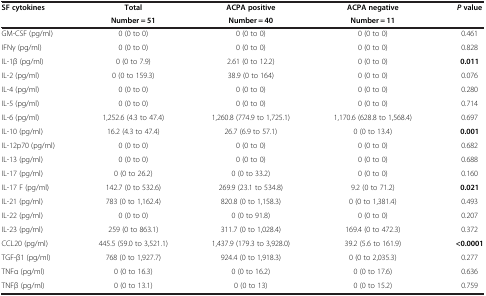
<table><thead><tr><td rowspan="2"><b>SF cytokines</b></td><td><b>Total</b></td><td><b>ACPA positive</b></td><td><b>ACPA negative</b></td><td rowspan="2"><b><i>P </i>value</b></td></tr><tr><td><b>Number = 51</b></td><td><b>Number = 40</b></td><td><b>Number = 11</b></td></tr></thead><tbody><tr><td>GM-CSF (pg/ml)</td><td>0 (0 to 0)</td><td>0 (0 to 0)</td><td>0 (0 to 0)</td><td>0.461</td></tr><tr><td>IFNγ (pg/ml)</td><td>0 (0 to 0)</td><td>0 (0 to 0)</td><td>0 (0 to 0)</td><td>0.828</td></tr><tr><td>IL-1β (pg/ml)</td><td>0 (0 to 7.9)</td><td>2.61 (0 to 12.2)</td><td>0 (0 to 0)</td><td><b>0.011</b></td></tr><tr><td>IL-2 (pg/ml)</td><td>0 (0 to 159.3)</td><td>38.9 (0 to 164)</td><td>0 (0 to 0)</td><td>0.076</td></tr><tr><td>IL-4 (pg/ml)</td><td>0 (0 to 0)</td><td>0 (0 to 0)</td><td>0 (0 to 0)</td><td>0.280</td></tr><tr><td>IL-5 (pg/ml)</td><td>0 (0 to 0)</td><td>0 (0 to 0)</td><td>0 (0 to 0)</td><td>0.714</td></tr><tr><td>IL-6 (pg/ml)</td><td>1,252.6 (4.3 to 47.4)</td><td>1,260.8 (774.9 to 1,725.1)</td><td>1,170.6 (628.8 to 1,568.4)</td><td>0.697</td></tr><tr><td>IL-10 (pg/ml)</td><td>16.2 (4.3 to 47.4)</td><td>26.7 (6.9 to 57.1)</td><td>0 (0 to 13.4)</td><td><b>0.001</b></td></tr><tr><td>IL-12p70 (pg/ml)</td><td>0 (0 to 0)</td><td>0 (0 to 0)</td><td>0 (0 to 0)</td><td>0.682</td></tr><tr><td>IL-13 (pg/ml)</td><td>0 (0 to 0)</td><td>0 (0 to 0)</td><td>0 (0 to 0)</td><td>0.688</td></tr><tr><td>IL-17 (pg/ml)</td><td>0 (0 to 26.2)</td><td>0 (0 to 33.2)</td><td>0 (0 to 0)</td><td>0.160</td></tr><tr><td>IL-17 F (pg/ml)</td><td>142.7 (0 to 532.6)</td><td>269.9 (23.1 to 534.8)</td><td>9.2 (0 to 71.2)</td><td><b>0.021</b></td></tr><tr><td>IL-21 (pg/ml)</td><td>783 (0 to 1,162.4)</td><td>820.8 (0 to 1,158.3)</td><td>0 (0 to 1,381.4)</td><td>0.493</td></tr><tr><td>IL-22 (pg/ml)</td><td>0 (0 to 0)</td><td>0 (0 to 91.8)</td><td>0 (0 to 0)</td><td>0.207</td></tr><tr><td>IL-23 (pg/ml)</td><td>259 (0 to 863.1)</td><td>311.7 (0 to 1,028.4)</td><td>169.4 (0 to 472.3)</td><td>0.372</td></tr><tr><td>CCL20 (pg/ml)</td><td>445.5 (59.0 to 3,521.1)</td><td>1,437.9 (179.3 to 3,928.0)</td><td>39.2 (5.6 to 161.9)</td><td><b>&lt;0.0001</b></td></tr><tr><td>TGF-β1 (pg/ml)</td><td>768 (0 to 1,927.7)</td><td>924.4 (0 to 1,918.3)</td><td>0 (0 to 2,035.3)</td><td>0.277</td></tr><tr><td>TNFα (pg/ml)</td><td>0 (0 to 16.3)</td><td>0 (0 to 16.2)</td><td>0 (0 to 17.6)</td><td>0.636</td></tr><tr><td>TNFβ (pg/ml)</td><td>0 (0 to 13.1)</td><td>0 (0 to 13)</td><td>0 (0 to 15.2)</td><td>0.759</td></tr></tbody></table>